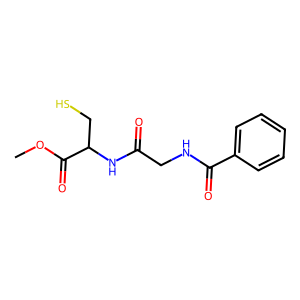
SMILES: COC(=O)C(CS)NC(=O)CNC(=O)c1ccccc1
Inhibits HIV replication: No